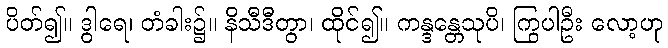
ပိတ်၍။ ဒွါရေ၊ တံခါး၌။ နိသီဒီတွာ၊ ထိုင်၍။ ကန္ဒန္တေသုပိ၊ ကြွပါဦး လော့ဟု